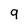
Character: g